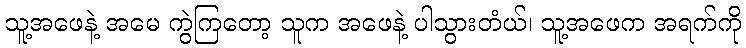
သူ့အဖေနဲ့ အမေ ကွဲကြတော့ သူက အဖေနဲ့ ပါသွားတံယ်၊ သူ့အဖေက အရက်ကို